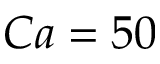
C a = 5 0